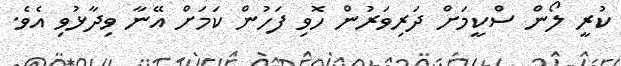
ކުރީ ލޯން ސްކީމަށް ދަރިވަރުން ހޮވި ފަހުން ކަމަށް އޭނާ ވިދާޅުވި އެވެ.